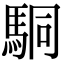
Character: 駧